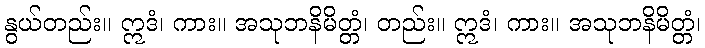
နွယ်တည်း။ ဣဒံ၊ ကား။ အသုဘနိမိတ္တံ၊ တည်း။ ဣဒံ၊ ကား။ အသုဘနိမိတ္တံ၊